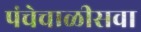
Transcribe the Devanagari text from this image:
पंचेचाळीसवा